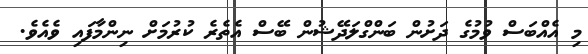
މި އެއްބަސް ވުމުގެ ދަށުން ބަންގްލަދޭޝުން ބޭސް އެތެރެ ކުރުމަށް ނިންމާފައި ވެއެވެ.